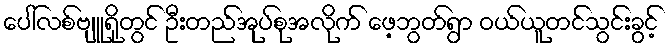
ပေါ်လစ်ဗျူရိုတွင် ဦးတည်အုပ်စုအလိုက် ဖေ့ဘွတ်ရွာ ဝယ်ယူတင်သွင်းခွင့်